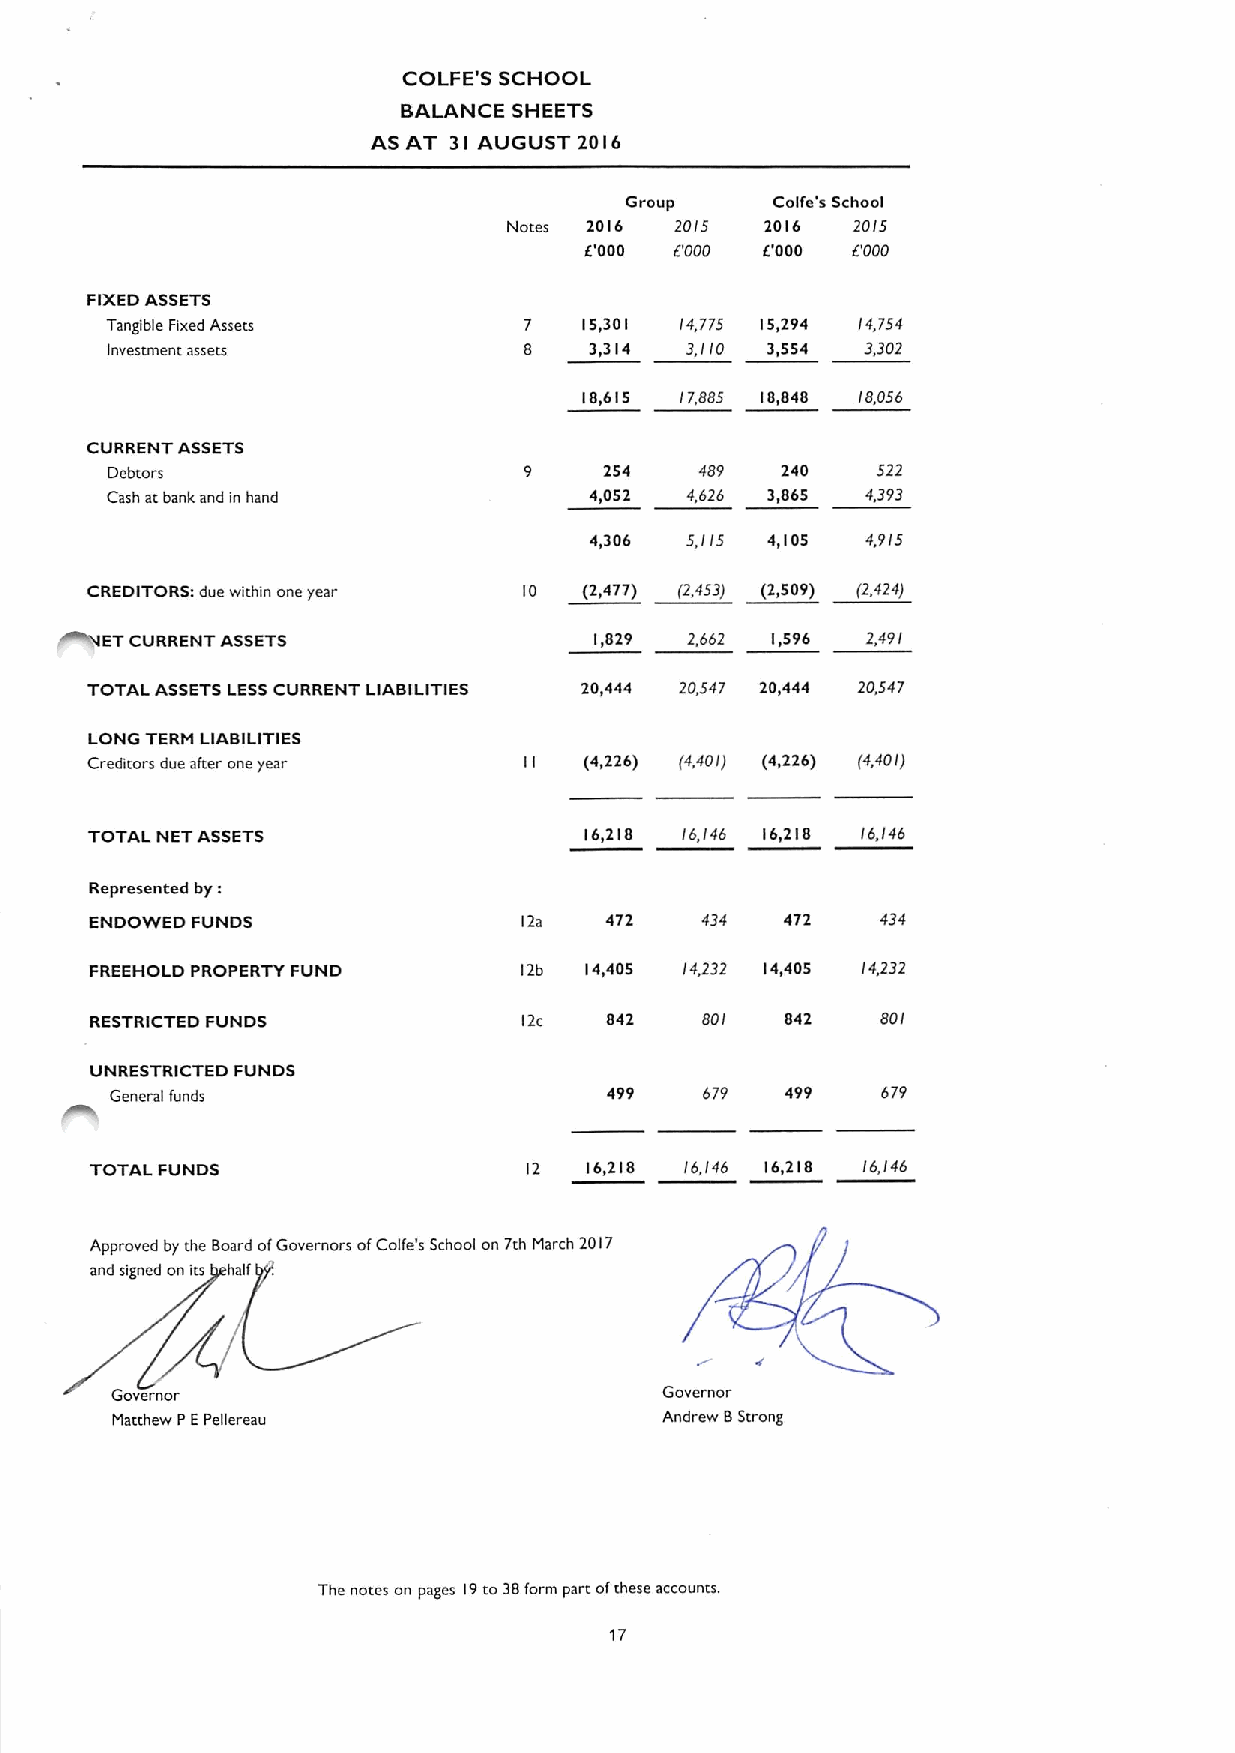
COLFE'S SCHOOL
 BALANCE SHEETS
 AS AT 31 AUGUST 2016
 Group     Colfe's School
 Notes 2016 20I5  2016 20!5
 E'000 6'000 E'000 E'000
 FIXEDASSETS
 Tangible Fixed Assets       7  15)301 14,775 15,294 I4,754
 Investment assets           8   3,314 3,110 3,554 3,302
 18)615 17885 18,848 I8,056
 CURRENT ASSETS
 Debtors                          254   489   240   522
 Cash at bank and in hand        4&052 4,626 3,865 4,393
 4)306 5,I15 4)105 4,9I5
 CREDITORS:due within one year 10 (2,477) (2,453) (2,509) (2,424)
 ~ET
 CURRENT ASSETS                1,829 2,662 1,596 2,49I
 TOTAL ASSETS LESSCURRENT LIABILITIES 20,444 20,547 20,444 20,547
 LONG TERM LIABILITIES
 Creditors due after one year iI  (4,226) (4,40I) (4,226) (4,40I)
 TOTAL NET ASSETS                 16&218 I6,/46 16,218 I6,I46
 Represented by:
 ENDOWED FUNDS               12a   472   434   472   434
 FREEHOLD PROPERTY FUND      12b  14,405 14,232 14,405 I4/32
 RESTRiCTED FUNDS             12c  842   80I   842   80I
 UNRESTRICTED FUNDS
 General funds                    499   679   499   679
 !
 TOTAL FUNDS                  12  16,218 16.146 16,218 16, 46
 Approved by the Board ofGovernors ofCoife's School on 7th March 2017
 and signed on its half
 C
 Governor                             Governor
 Matthew PEPellereau                  Andrew BStrong
 The notes on pages 19to 38form part ofthese accounts,